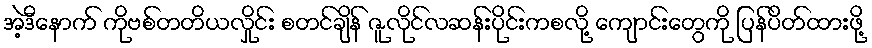
အဲ့ဒီနောက် ကိုဗစ်တတိယလှိုင်း စတင်ချိန် ဇူလိုင်လဆန်းပိုင်းကစလို့ ကျောင်းတွေကို ပြန်ပိတ်ထားဖို့